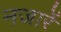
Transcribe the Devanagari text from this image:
नजारें